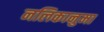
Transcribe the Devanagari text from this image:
नलिकानुमा